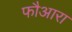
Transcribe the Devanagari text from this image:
फौआरा